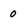
Character: 0